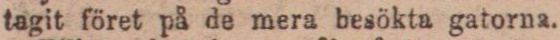
tagit föret på de mera besökta gatorna.